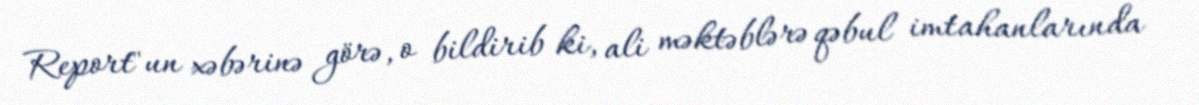
Report"un xəbərinə görə, o bildirib ki, ali məktəblərə qəbul imtahanlarında